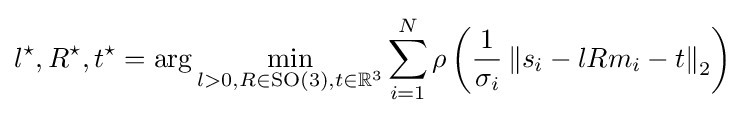
l^{\star },R^{\star },t^{\star }=\arg \min _{l>0,R\in {\text{SO}}(3),t\in \mathbb {R} ^{3}}\sum _{i=1}^{N}\rho \left({\frac {1}{\sigma _{i}}}\left\Vert s_{i}-lRm_{i}-t\right\Vert _{2}\right)